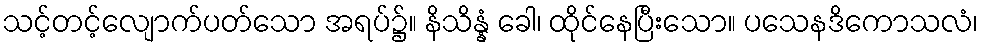
သင့်တင့်လျောက်ပတ်သော အရပ်၌။ နိသိန္နံ ခေါ၊ ထိုင်နေပြီးသော။ ပသေနဒိကောသလံ၊